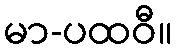
မာ-ပထဝီ။